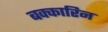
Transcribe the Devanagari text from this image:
बक्कारिन